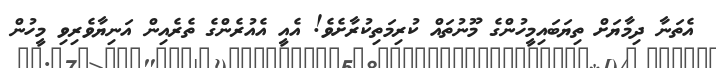
އެތަނާ ދިމާޔަށް ތިޔަބައިމީހުންގެ މޫނުތައް ކުރިމަތިކުރާށެވެ! އެއީ އެއުރެންގެ ތެރެއިން އަނިޔާވެރިވި މީހުން